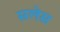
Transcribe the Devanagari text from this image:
सलेस